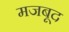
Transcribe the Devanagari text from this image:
मजबूद